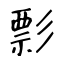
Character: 彯